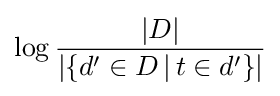
\log {\frac {|D|}{|\{d'\in D\,|\,t\in d'\}|}}